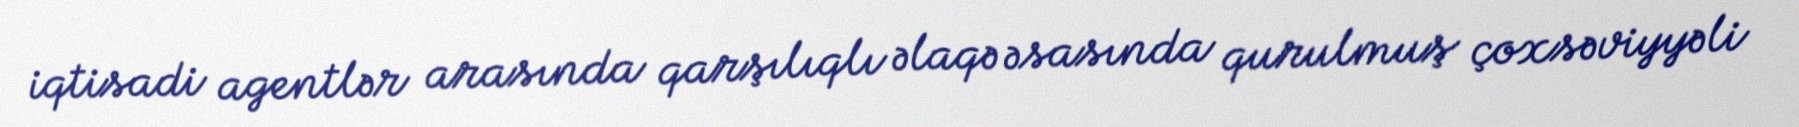
iqtisadi agentlər arasında qarşılıqlı əlaqə əsasında qurulmuş çoxsəviyyəli